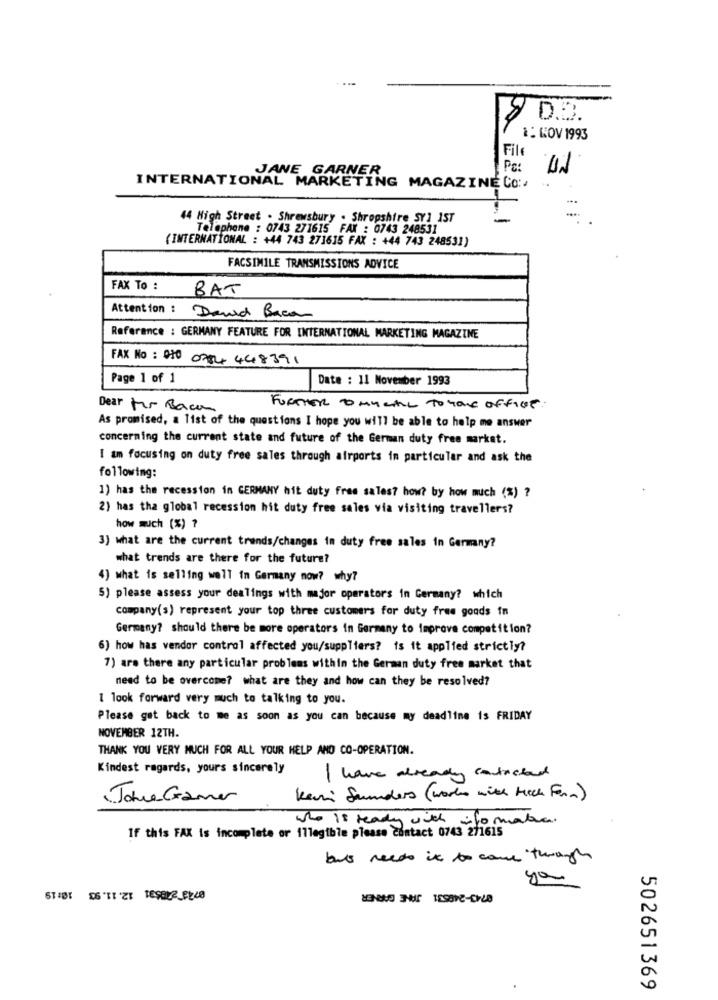
$0.3.
1: NOV 1993
File
JANE GARNER
Pc:
INTERNATIONAL MARKETING MAGAZINE CO :.
44 High Street . Shrewsbury . Shropshire SY1 1ST
-
Telephone : 0743 271615 FAX : 0743 248531
(INTERNATIONAL : +44 743 271635 FAX : +44 743 248531)
FACSIMILE TRANSMISSIONS ADVICE
FAX To :
BAT
Attention : David Bacon
Reference : GERMANY FEATURE FOR INTERNATIONAL MARKETING MAGAZINE
FAX No : 010 0784 448391
Page 1 of 1
Date : 11 November 1993
Dear Mr Back
FURTHER TO MURAL To home Office.
As promised, a list of the questions I hope you will be able to help me answer
concerning the current state and future of the German duty free market.
I am focusing on duty free sales through airports in particular and ask the
following:
1) has the recession in GERMANY hit duty free sales? how? by how much (%) ?
2) has tha global recession hit duty free sales via visiting travellers?
how much (%) ?
3) what are the current trends/changes in duty free sales in Germany?
what trends are there for the future?
4) what is selling well in Germany now? why?
5) please assess your dealings with major operators in Germany? which
company(s) represent your top three customers for duty free goods in
Germany? should there be more operators in Germany to improve competition?
6) how has vendor control affected you/suppliers? is it applied strictly?
7) are there any particular problems within the German duty free market that
need to be overcome? what are they and how can they be resolved?
I look forward very much to talking to you.
Please get back to me as soon as you can because my deadline is FRIDAY
NOVEMBER 12TH.
THANK YOU VERY MUCH FOR ALL YOUR HELP AND CO-OPERATION.
Kindest regards, yours sincerely
I have already contacted
Johne Gamer
Kerri Sanders (works with Mich Form)
who is ready with info make.
If this FAX is incomplete or 11legible please contact 0743 271615
bus needs it to come through
ya
502651369